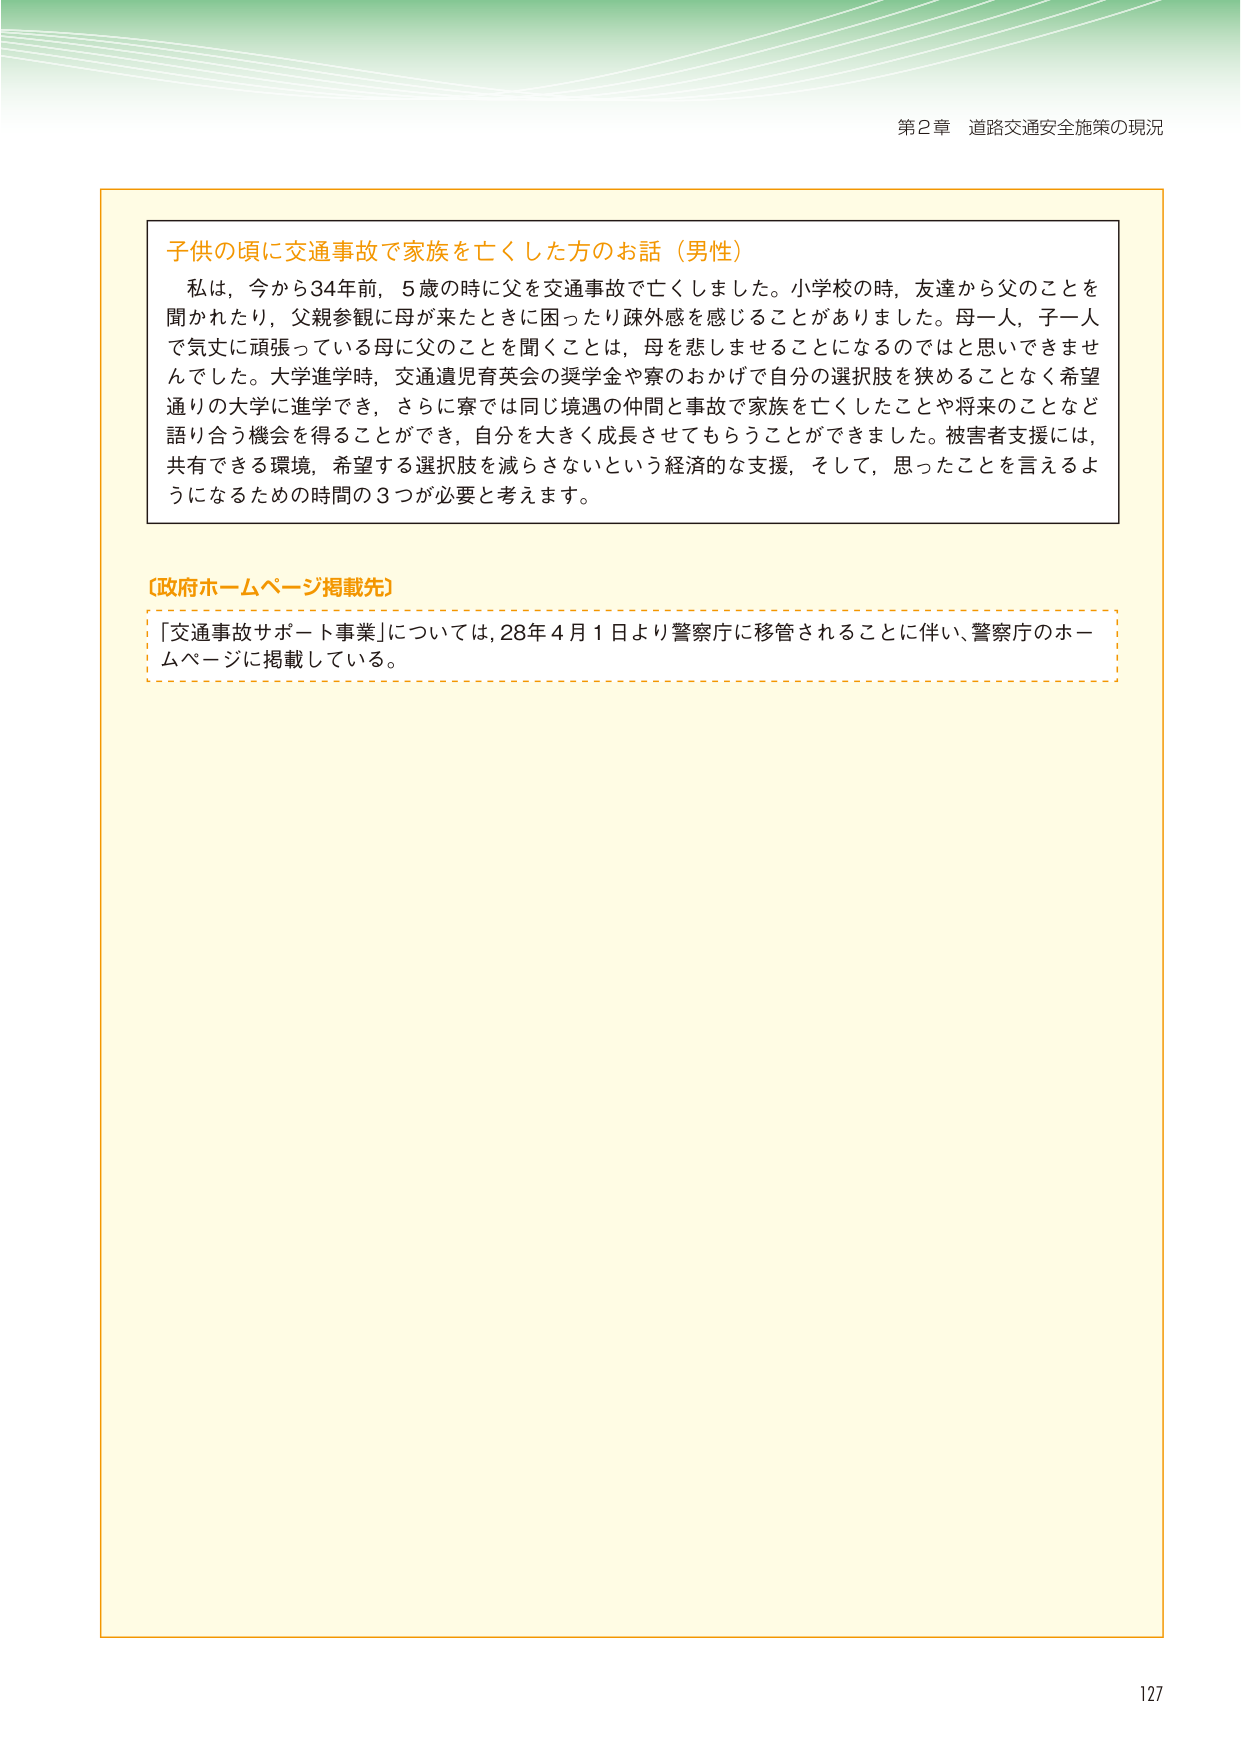
第2章 道路交通安全施策の現況

子供の頃に交通事故で家族を亡くした方のお話（男性）
私は、今から34年前、5歳の時に父を交通事故で亡くしました。小学校の時、友達から父のことを聞かれたり、父親参観に母が来たときに困ったり疎外感を感じることがありました。母一人、子一人で気丈に頑張っている母に父のことを聞くことは、母を悲しませることになるのではと思いできませんでした。大学進学時、交通遺児育英会の奨学金や寮のおかげで自分の選択肢を狭めることなく希望通りの大学に進学でき、さらに寮では同じ境遇の仲間と事故で家族を亡くしたことや将来のことなど語り合う機会を得ることができ、自分を大きく成長させてもらうことができました。被害者支援には、共有できる環境、希望する選択肢を減らさないという経済的な支援、そして、思ったことを言えるようになるための時間の3つが必要と考えます。

【政府ホームページ掲載先】
「交通事故サポート事業」については、28年4月1日より警察庁に移管されることに伴い、警察庁のホームページに掲載している。

127